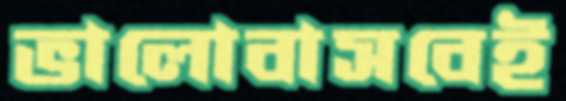
ভালোবাসবেই